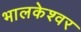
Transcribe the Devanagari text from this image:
भालकेश्वर